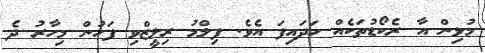
މުޅިން އާ ރެކޯޑުތަކެއް ހަދައިފަ އެވެ. ފިލްމު ރިލީޒްވި ފަހުން މިހާރު ދެ